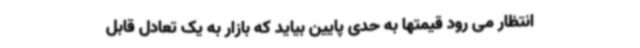
انتظار می رود قیمتها به حدی پایین بیاید که بازار به یک تعادل قابل